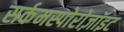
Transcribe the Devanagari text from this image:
सर्कमस्पोरोज़ॉइट